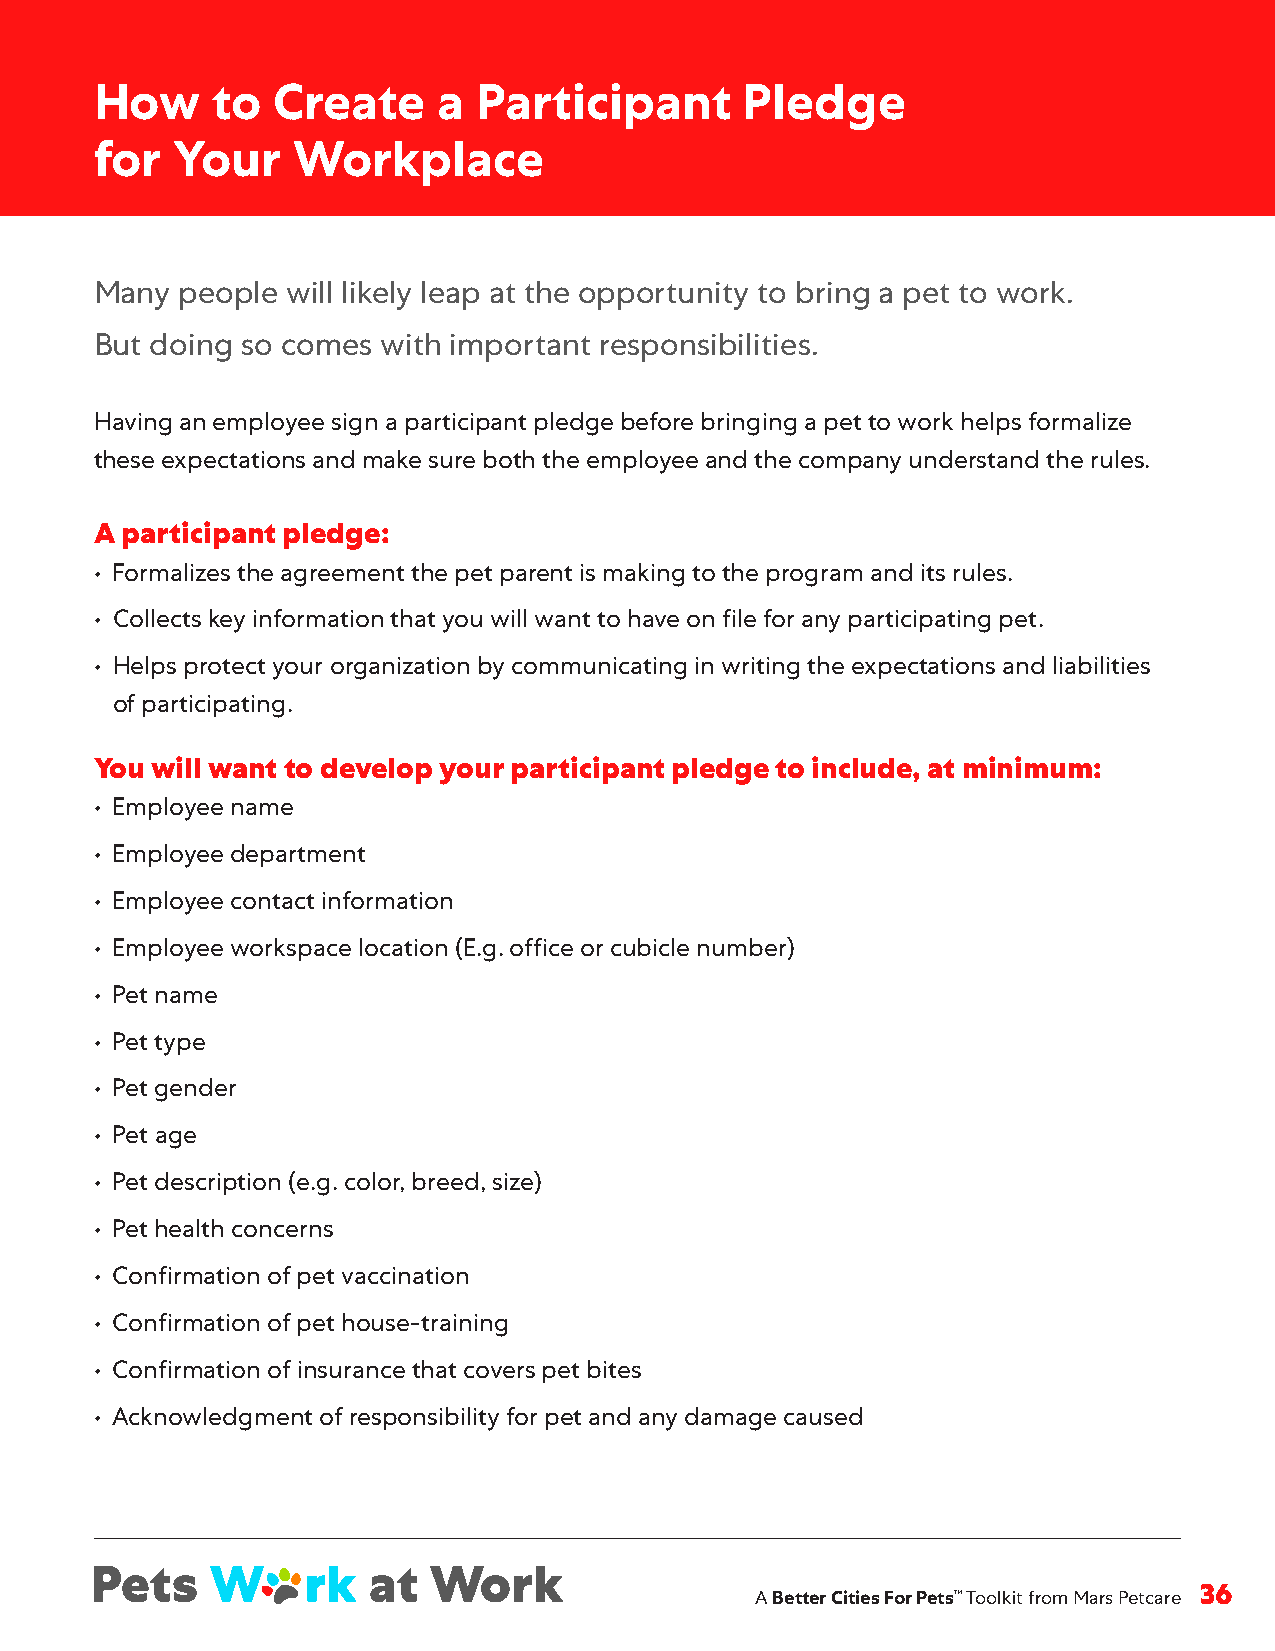
How     to  Create     a  Participant      Pledge
 for  Your    Workplace
 Many  people will likely leap at the opportunity to bring a pet to work .
 But doing so comes with important responsibilities .
 Having an employee sign a participant pledge before bringing a pet to work helps formalize
 these expectations and make sure both the employee and the company understand the rules .
 A participant pledge:
 • Formalizes the agreement the pet parent is making to the program and its rules .
 • Collects key information that you will want to have on file for any participating pet .
 • Helps protect your organization by communicating in writing the expectations and liabilities
 of participating .
 You will want to develop your participant pledge to include, at minimum:
 • Employee name
 • Employee department
 • Employee contact information
 • Employee workspace location (E .g . office or cubicle number)
 • Pet name
 • Pet type
 • Pet gender
 • Pet age
 • Pet description (e .g . color, breed, size)
 • Pet health concerns
 • Confirmation of pet vaccination
 • Confirmation of pet house-training
 • Confirmation of insurance that covers pet bites
 • Acknowledgment of responsibility for pet and any damage caused
 A Better Cities For Pets™ Toolkit from Mars Petcare 36